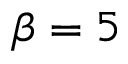
\beta = 5